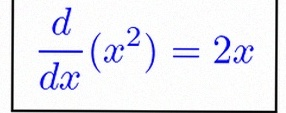
\frac{d}{dx}(x^2)=2x